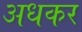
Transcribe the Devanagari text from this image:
अधकर